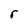
Character: r